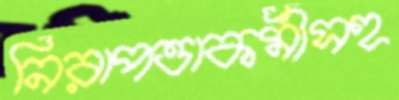
নিরাপত্তাকর্মীসহ